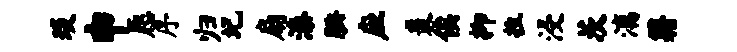
琰申愿序归圮扇漆腆应裘俟抑拉浸茨漓籍